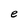
Character: e